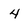
Character: 4